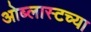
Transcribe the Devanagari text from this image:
ओब्लास्टच्या